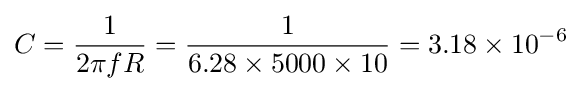
C={\frac {1}{2\pi fR}}={\frac {1}{6.28\times 5000\times 10}}=3.18\times 10^{-6}